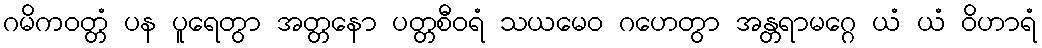
ဂမိကဝတ္တံ ပန ပူရေတွာ အတ္တနော ပတ္တစီဝရံ သယမေဝ ဂဟေတွာ အန္တရာမဂ္ဂေ ယံ ယံ ဝိဟာရံ